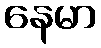
နေမာ